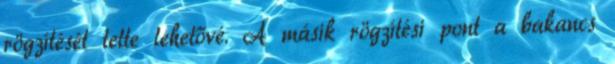
rögzítését tette lehetővé. A másik rögzítési pont a bakancs